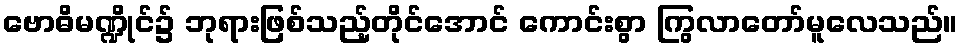
ဗောဓိမဏ္ဍိုင်၌ ဘုရားဖြစ်သည့်တိုင်အောင် ကောင်းစွာ ကြွလာတော်မူလေသည်။